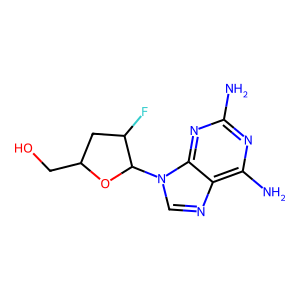
SMILES: Nc1nc(N)c2ncn(C3OC(CO)CC3F)c2n1
Inhibits HIV replication: Yes